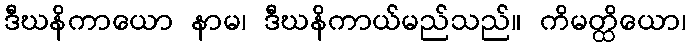
ဒီဃနိကာယော နာမ၊ ဒီဃနိကာယ်မည်သည်။ ကိမတ္ထိယော၊